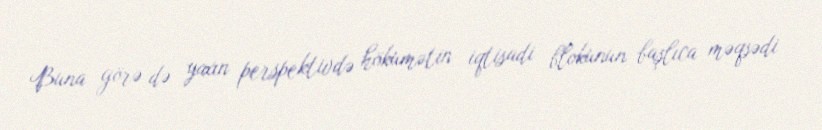
Buna görə də yaxın perspektivdə hökumətin iqtisadi blokunun başlıca məqsədi